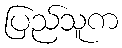
ပြည်သူက